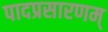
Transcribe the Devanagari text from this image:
पादप्रसारणम्